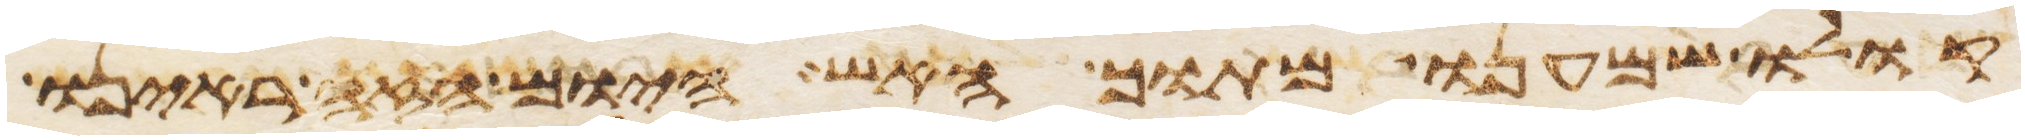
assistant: קולו שמענו מתוך האש היום הזה ראינו